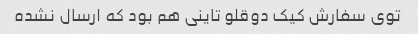
توی سفارش کیک دوقلو تاینی هم بود که ارسال نشده